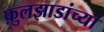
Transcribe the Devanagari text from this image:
फ़ुलझाडांच्या